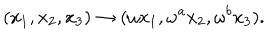
( x _ { 1 } , x _ { 2 } , x _ { 3 } ) \rightarrow ( \omega x _ { 1 } , \omega ^ { a } x _ { 2 } , \omega ^ { b } x _ { 3 } ) .